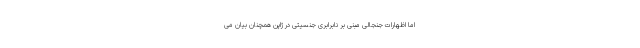
اما اظهارات جنجالی مبنی بر نابرابری جنسیتی در ژاپن همچنان بیان می